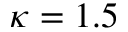
\kappa = 1 . 5